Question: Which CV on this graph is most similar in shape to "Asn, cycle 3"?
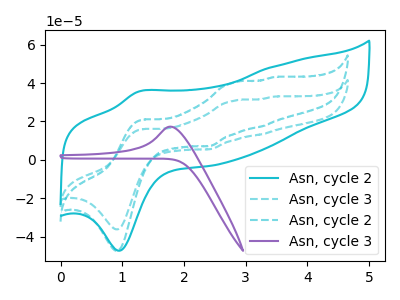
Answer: <think>The cyan curve "Asn, cycle 2" has an anodic peak at (1.25V, 35.50uA) and a cathodic peak at (0.95V, -47.35uA). The cyan dashed curve "Asn, cycle 3" has anodic peaks at (1.35V, 16.05uA) (2.80V, 30.85uA) (3.25V, 13.30uA) (3.45V, 32.90uA) and cathodic peaks at (0.95V, -36.20uA) (2.40V, 5.55uA). The cyan dashed curve "Asn, cycle 2" has anodic peaks at (1.35V, 21.00uA) (2.80V, 40.40uA) (3.25V, 17.40uA) (3.45V, 43.05uA) and cathodic peaks at (0.95V, -47.35uA) (2.40V, 7.25uA). The purple curve "Asn, cycle 3" has an anodic peak at: (1.80V, 17.30uA).
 "Asn, cycle 2" and "Asn, cycle 3" have a different number of peaks. "Asn, cycle 2" and "Asn, cycle 2" have a different number of peaks. "Asn, cycle 2" and "Asn, cycle 3" have a different number of peaks. All the peaks in "Asn, cycle 3" have a peak in "Asn, cycle 2" at the same potential. "Asn, cycle 3" and "Asn, cycle 3" have a different number of peaks. "Asn, cycle 2" and "Asn, cycle 3" have a different number of peaks.</think>
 <answer>The CV with the most similar shape to "Asn, cycle 2" is "Asn, cycle 3".</answer>
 <eval>"Asn, cycle 3"</eval>